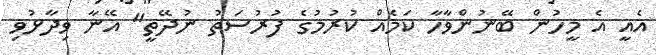
އެއީ އެ މީހުން ބޭނުންވާހާ ކަމެއް ކުރުމުގެ ފުރުސަތު ނުދޭތީ" އޭނާ ވިދާޅުވި